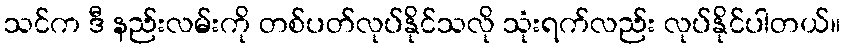
သင်က ဒီ နည်းလမ်းကို တစ်ပတ်လုပ်နိုင်သလို သုံးရက်လည်း လုပ်နိုင်ပါတယ်။